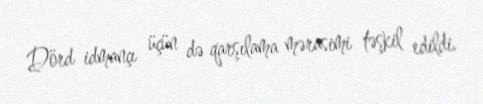
Dörd idmançı üçün də qarşılama mərasimi təşkil edildi.